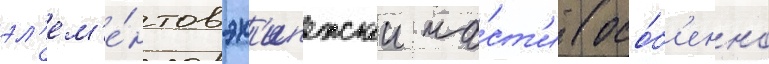
эл'ем'е́нтов эк'ипажнои ча́ст'и (осо́б'енно